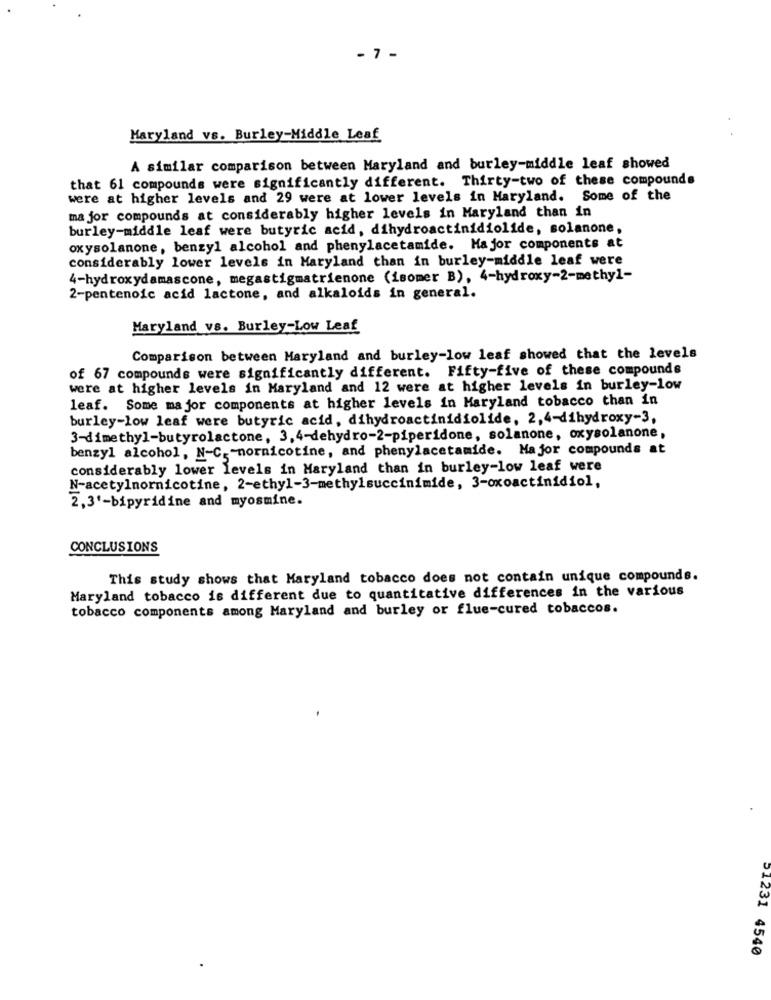
- 7 -
Maryland vs. Burley-Middle Leaf
A similar comparison between Maryland and burley-middle leaf showed
that 61 compounds were significantly different. Thirty-two of these compounds
were at higher levels and 29 were at lower levels in Maryland. Some of the
ma jor compounds at considerably higher levels in Maryland than in
burley-middle leaf were butyric acid, dihydroactinidiolide, solanone,
oxysolanone, benzyl alcohol and phenylacetamide. Major components at
considerably lower levels in Maryland than in burley-middle leaf were
4-hydroxydamascone, megastigmatrienone (isomer B), 4-hydroxy-2-methyl-
2-pentenoic acid lactone, and alkaloids in general.
Maryland vs. Burley-Low Leaf
Comparison between Maryland and burley-low leaf showed that the levels
of 67 compounds were significantly different. Fifty-five of these compounds
were at higher levels in Maryland and 12 were at higher levels in burley-low
leaf. Some major components at higher levels in Maryland tobacco than in
burley-low leaf were butyric acid, dihydroactinidiolide, 2,4-dihydroxy-3,
3-dimethyl-butyrolactone, 3, 4-dehydro-2-piperidone, solanone, oxysolanone,
benzyl alcohol, N-C. - nornicotine, and phenylacetamide. Major compounds at
considerably lower levels in Maryland than in burley-low leaf were
N-acetylnornicotine, 2-ethyl-3-methylsuccinimide, 3-oxoactinidiol,
2,3'-bipyridine and myosmine.
CONCLUSIONS
This study shows that Maryland tobacco does not contain unique compounds.
Maryland tobacco is different due to quantitative differences in the various
tobacco components among Maryland and burley or flue-cured tobaccos.
01231 4540